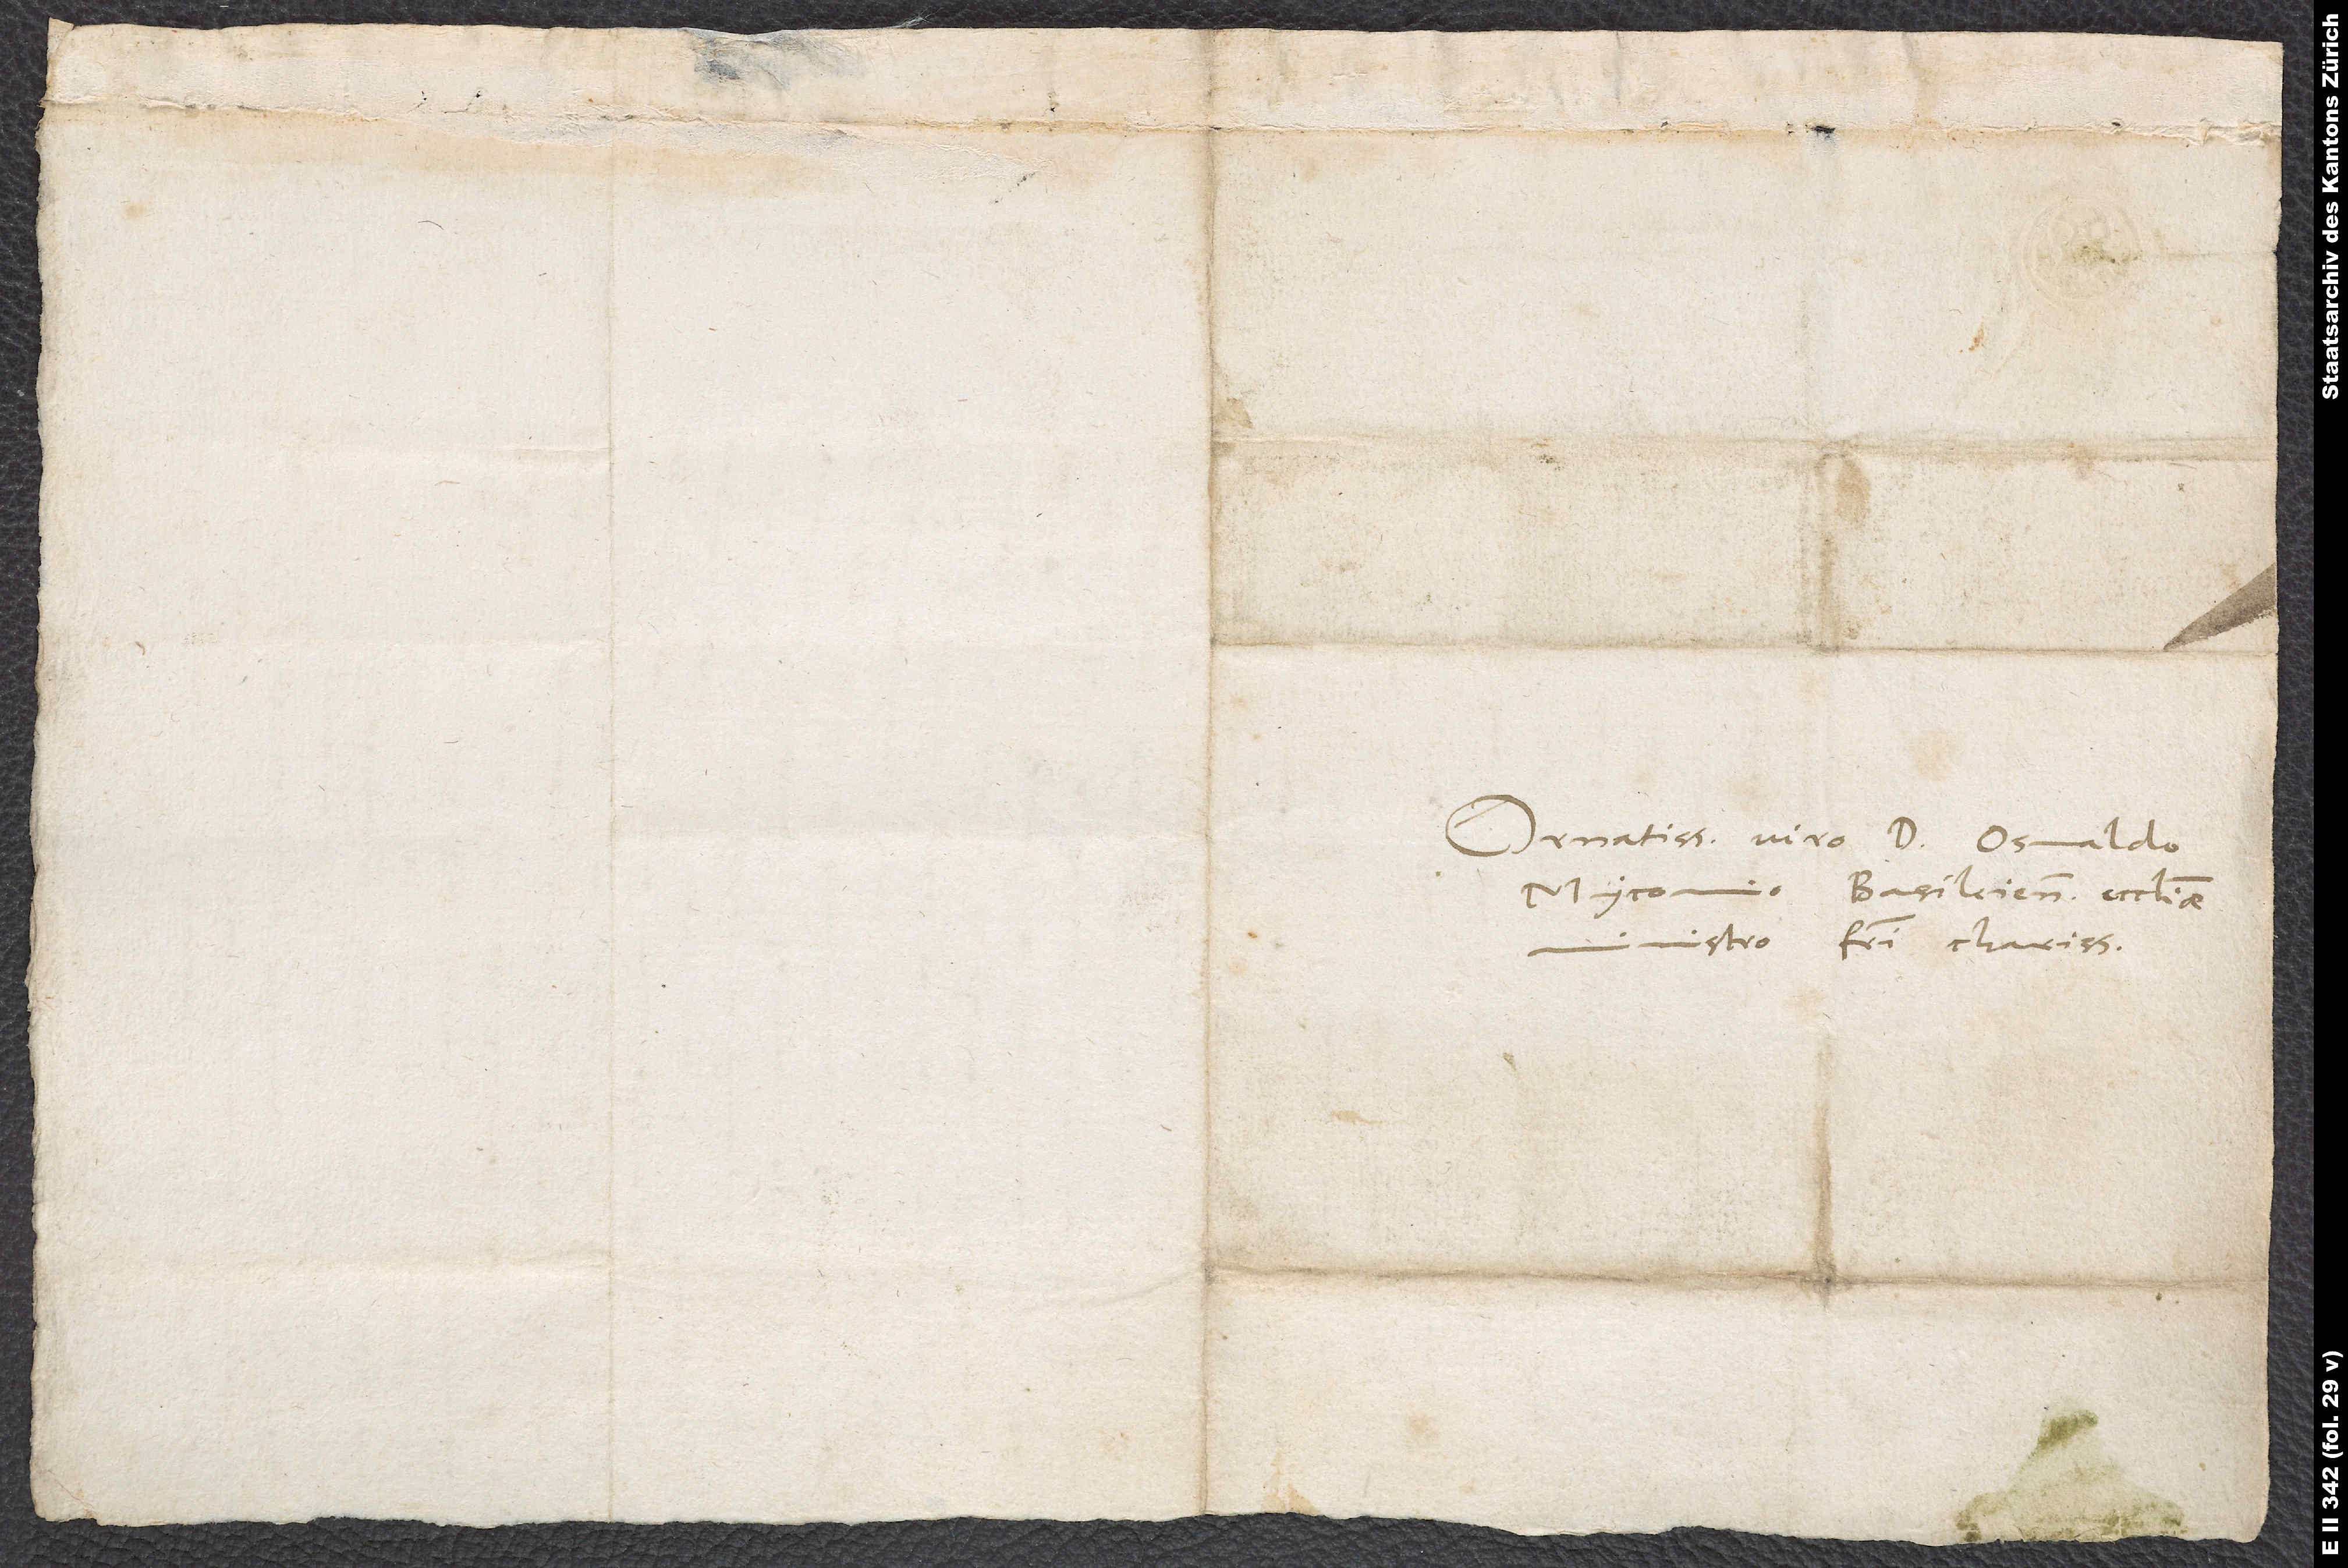
Ornatissimo viro d. Osvaldo
Myconio, Basileiensis ecclesiae
ministro, fratri charissimo.